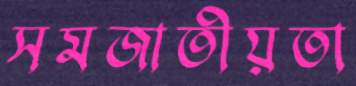
সমজাতীয়তা